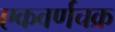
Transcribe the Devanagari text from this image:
एकवर्णचक्र